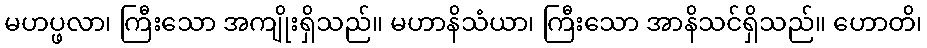
မဟပ္ဖလာ၊ ကြီးသော အကျိုးရှိသည်။ မဟာနိသံယာ၊ ကြီးသော အာနိသင်ရှိသည်။ ဟောတိ၊